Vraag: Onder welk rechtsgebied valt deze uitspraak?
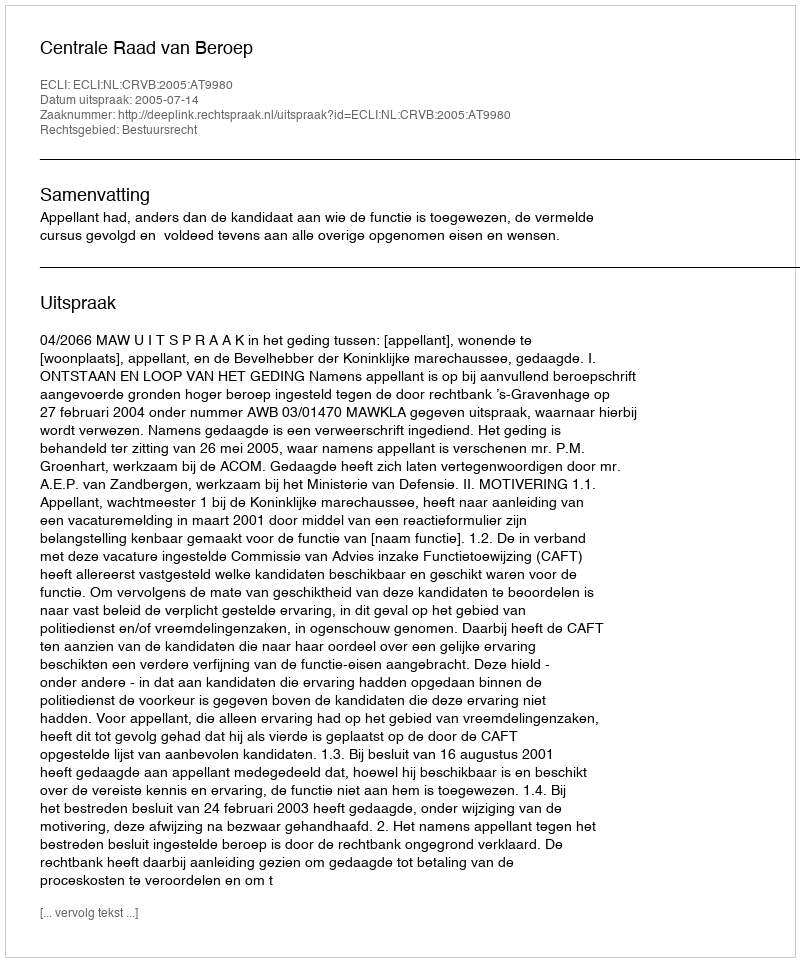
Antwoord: Bestuursrecht